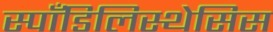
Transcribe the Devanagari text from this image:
स्पाँडिलिस्थेसिस